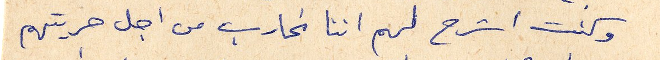
وكنت اشرح لهم اننا نحارب من اجل حريتهم